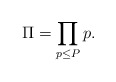
\begin{align*}\Pi = \prod_{p\leq P}p.\end{align*}